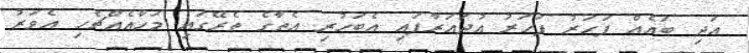
އަދި ބައެއް ފަހަރު ފަހަރު އުދައަރާފައި އެބަހުރި އެތާގެ ތެރޭގައި މަހާއެއްޗެހި އެވަރު